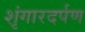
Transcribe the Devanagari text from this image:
शृंगारदर्पण